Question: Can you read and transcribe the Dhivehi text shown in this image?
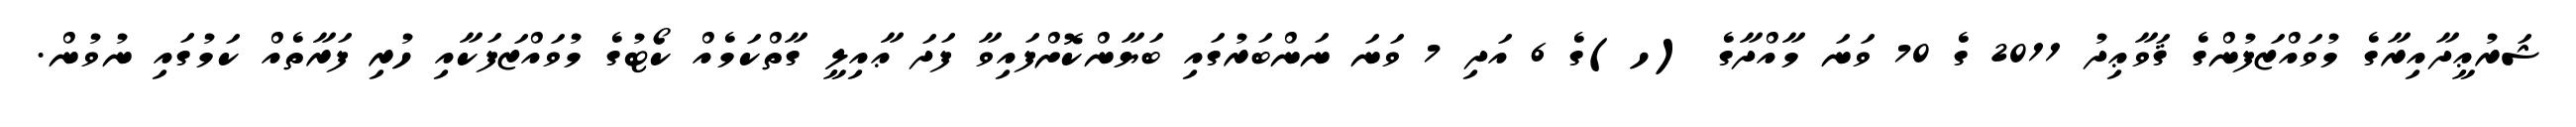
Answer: ޝަރުޢީދާއިރާގެ މުވައްޒަފުންގެ ޤަވާޢިދު 2011 ގެ 70 ވަނަ މާއްދާގެ (ހ)ގެ 6 އަދި 7 ވަނަ ނަންބަރުގައި ބަޔާންކޮށްފައިވާ ފަދަ ޢާއިލީ ގާތްކަމެއް ކޯޓުގެ މުވައްޒަފަކާއި ހުރި ފަރާތެއް ކަމުގައި ނުވުން.